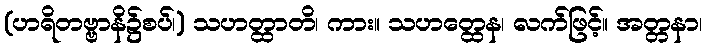
(ဟရိတဗ္ဗာနိ၌စပ်၊) သဟတ္ထာတိ၊ ကား။ သဟတ္ထေန၊ လက်ဖြင့်။ အတ္တနာ၊